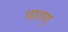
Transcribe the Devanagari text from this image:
धारण्